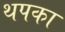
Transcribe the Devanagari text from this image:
थपका